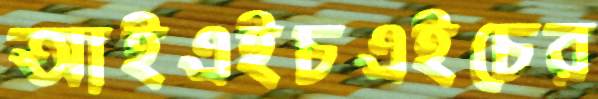
আইএইচএইচের